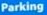
Parking